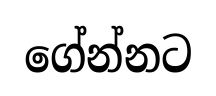
ගේන්නට